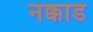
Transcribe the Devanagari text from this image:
नक्काडं